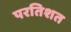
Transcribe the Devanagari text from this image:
परतिशत